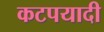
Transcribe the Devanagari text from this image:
कटपयादी